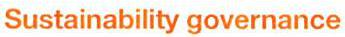
Sustainability governance